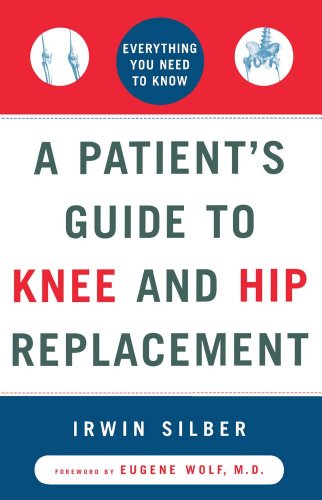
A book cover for A Patient's Guide to Knee and Hip Replacement: Everything You Need to Know; Irwin Silber; Health, Fitness & Dieting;